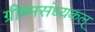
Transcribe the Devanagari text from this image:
ग्रीष्मसंध्यकल्